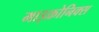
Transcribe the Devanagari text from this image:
माइक्रोनिक्स